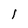
Character: l